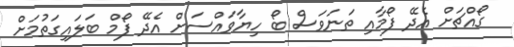
ގޯއްޗަށް އެދޭ ފޯމާއި ތަނަވަސް ބޯ ހިޔާވައްސަށް އެދޭ ފޯމް ބަލައިގަތުމަށް